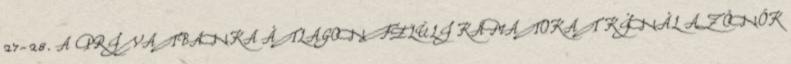
27-28. A PRIVATBANKA ÁTLAGON FELÜLI KAMATOKAT KÍNÁL AZ ÖNÖK